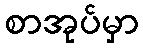
စာအုပ်မှာ